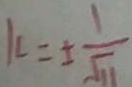
k = \pm \frac { 1 } { \sqrt { 1 1 } }